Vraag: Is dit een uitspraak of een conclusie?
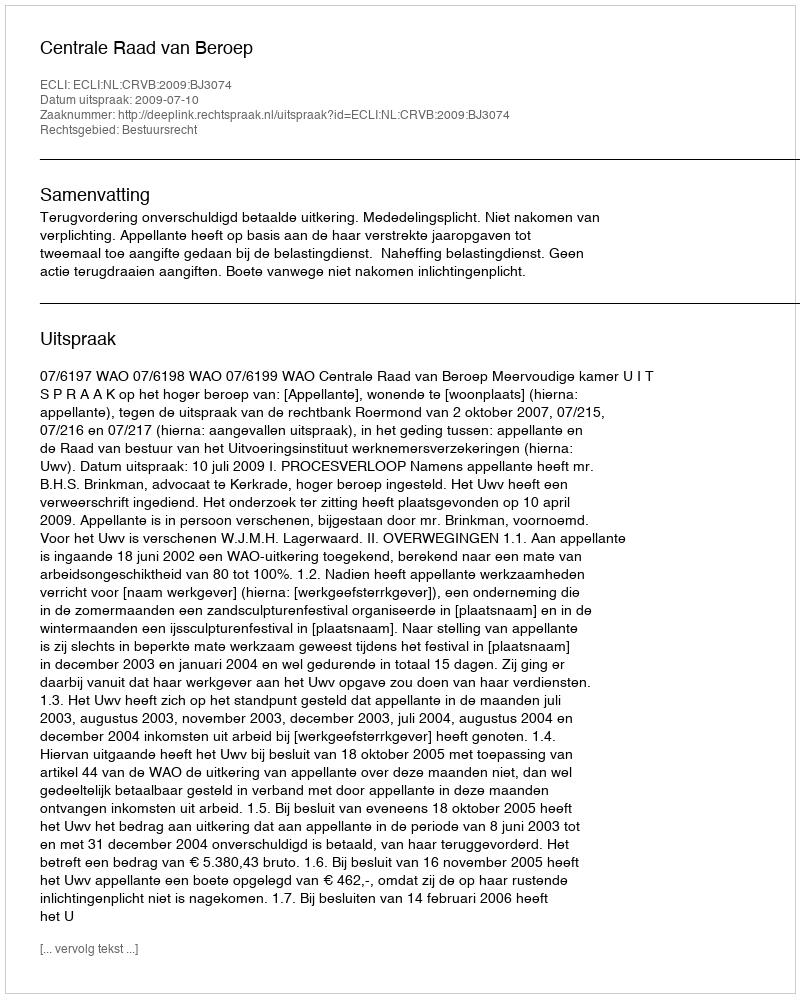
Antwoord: Uitspraak